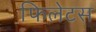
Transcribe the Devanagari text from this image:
फिलेटस